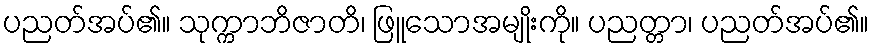
ပညတ်အပ်၏။ သုက္ကာဘိဇာတိ၊ ဖြူသောအမျိုးကို။ ပညတ္တာ၊ ပညတ်အပ်၏။